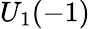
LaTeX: U_{1}(-1)